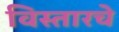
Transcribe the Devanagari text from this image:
विस्तारचे